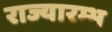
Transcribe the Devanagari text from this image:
राज्यारम्भ